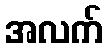
အလက်